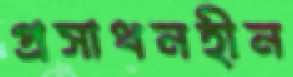
প্রসাধনহীন